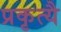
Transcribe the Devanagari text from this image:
प्रकृत्यै